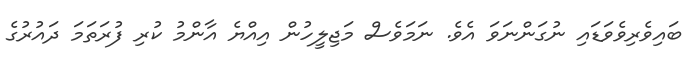
ބައިވެރިވެވަޑައި ނުގަންނަވަ އެވެ. ނަމަވެސް މަޖިލީހުން އިއްޔެ އާންމު ކުރި ފުރަތަމަ ދައުރުގެ